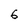
Character: 6